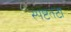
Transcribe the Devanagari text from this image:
स्पष्टतटा